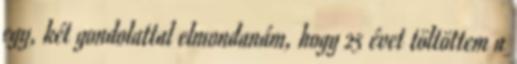
egy, két gondolattal elmondanám, hogy 25 évet töltöttem a